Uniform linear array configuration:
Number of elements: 48
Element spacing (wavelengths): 0.25
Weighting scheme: cosine
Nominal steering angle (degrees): -30
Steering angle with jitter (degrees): -29.778
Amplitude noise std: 0.05
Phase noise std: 0.05

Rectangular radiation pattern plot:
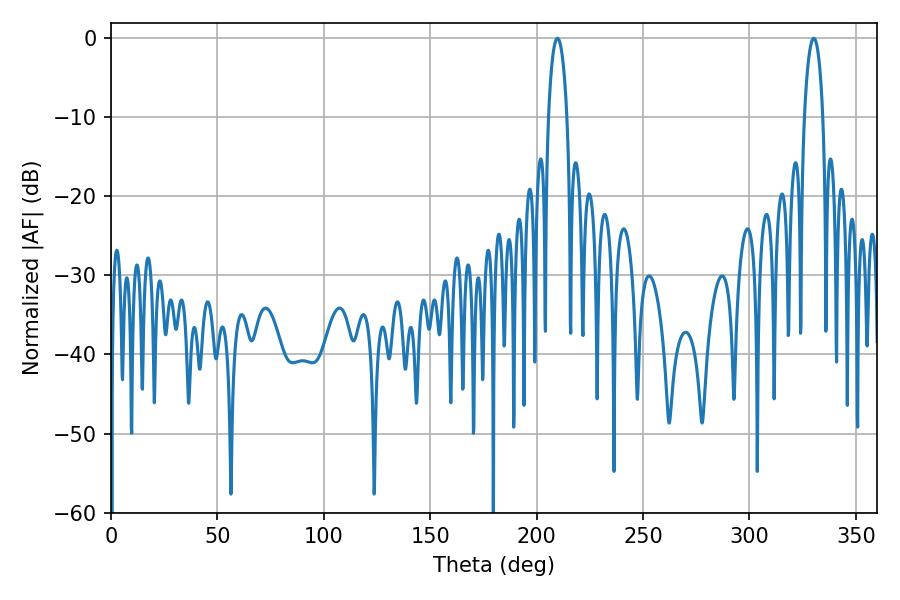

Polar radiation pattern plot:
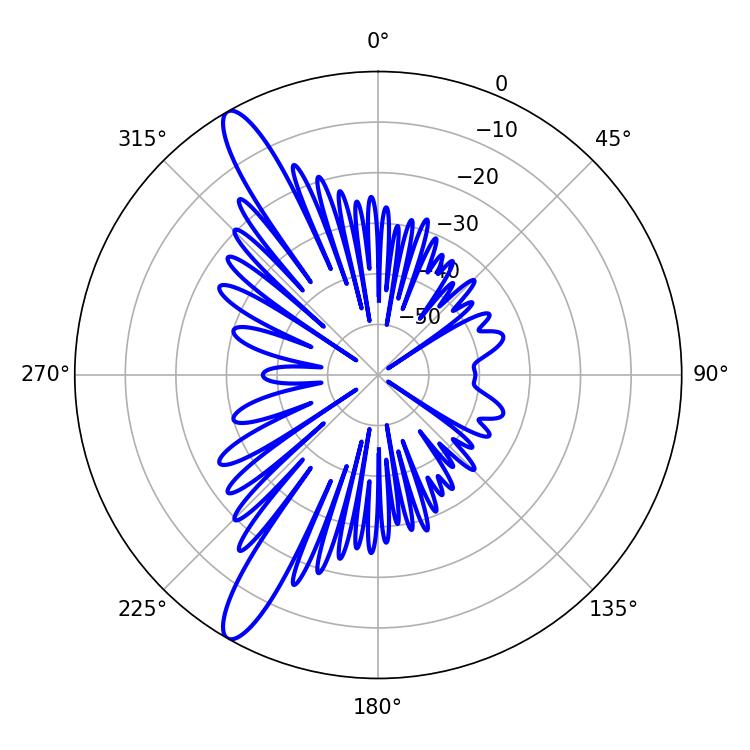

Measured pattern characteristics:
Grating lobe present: FALSE
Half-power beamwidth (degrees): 4.86
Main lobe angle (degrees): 209.7